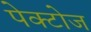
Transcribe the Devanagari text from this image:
पेक्टोज